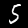
Digit: 5